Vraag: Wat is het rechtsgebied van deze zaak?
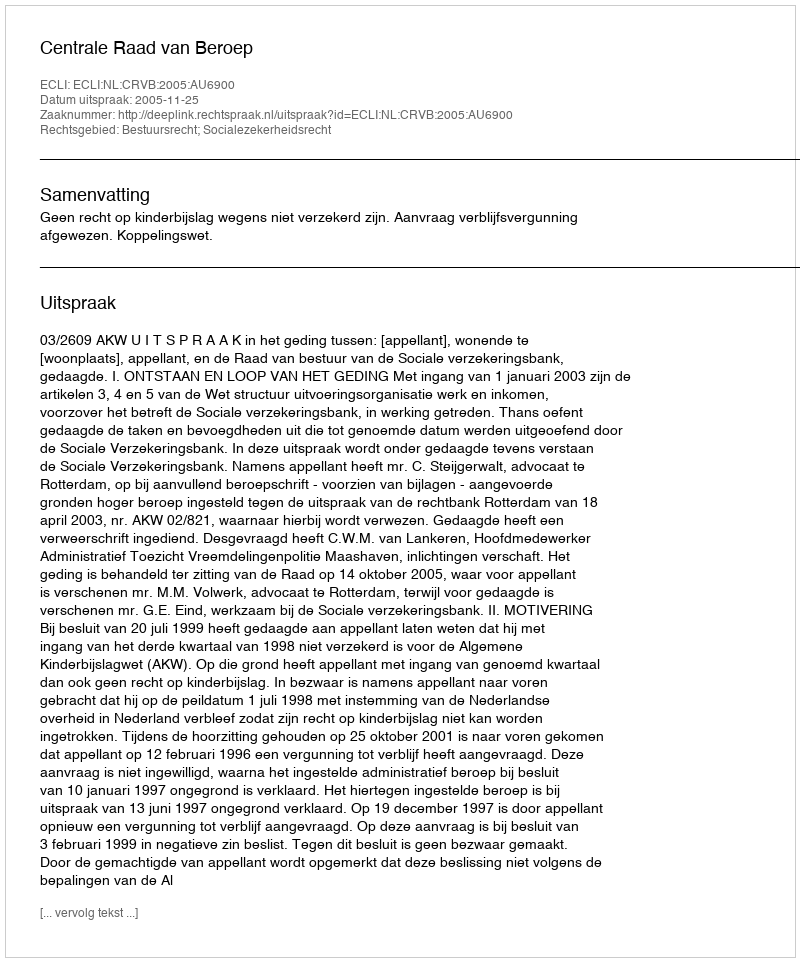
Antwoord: Bestuursrecht; Socialezekerheidsrecht